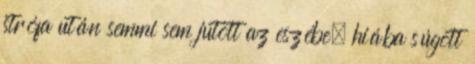
strófa után semmi sem jutott az eszébe, hiába súgott